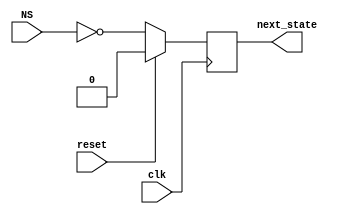
`timescale 1ps/1ps

module control_state(
    input NS, // NS (next-state) control word
    input clk, reset,
    output reg next_state
);

always @ (posedge clk) begin
    if (reset)
        next_state <= 1'b0;
    else
        next_state <= ~NS;
end

endmodule